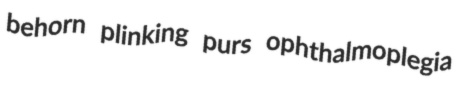
behorn plinking purs ophthalmoplegia